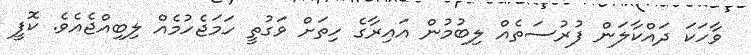
ވާހަކަ ދައްކާލަން ފުރުސަތެއް ލިބުމުން އައިރާގެ ހިތަށް ވަގުތީ ހަމަޖެހުމެއް ލިބިއްޖެއެވެ. ކޮފީ